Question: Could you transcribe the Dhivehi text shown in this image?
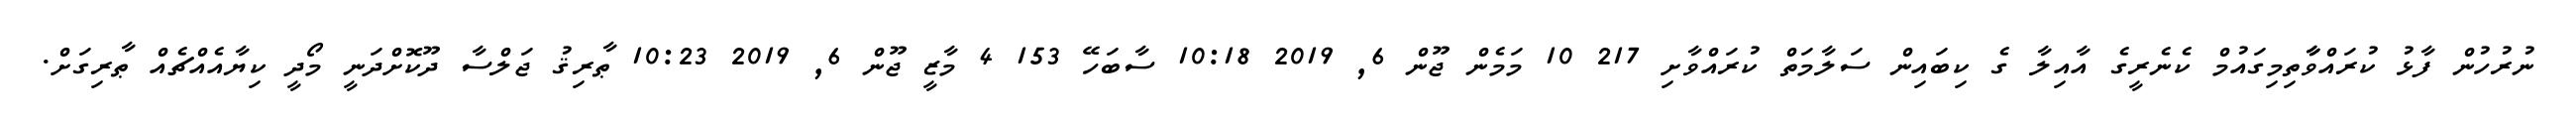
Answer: ނުރުހުން ފާޅު ކުރައްވާާތިމިގައުމް ކެނެރީގެ އާއިލާ ގެ ކިބައިން ސަލާމަތް ކުރައްވާށި 217 10 މަމެން ޖޫން 6, 2019 10:18 ސާބަހޭ 153 4 މާޒީ ޖޫން 6, 2019 10:23 ޠާރިޤު ޖަލްސާ ދޫކޮށްދަނީ މޯދީ ކިޔާއެއްޗެއް ޠާރިގަށް.